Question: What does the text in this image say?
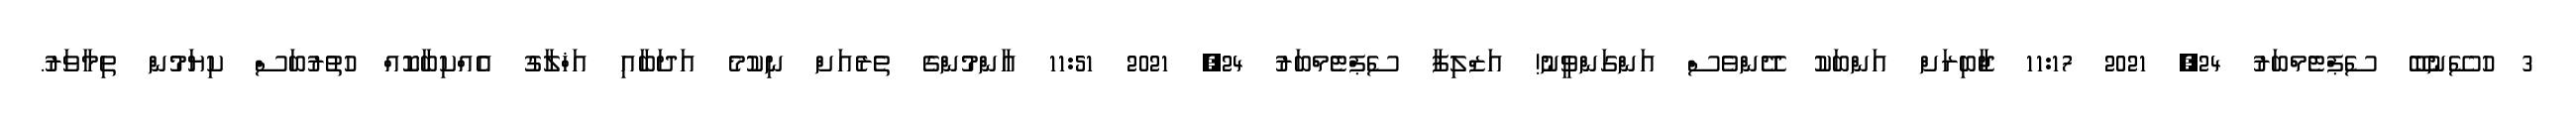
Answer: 3 ހުސޭނުބޭ ސެޕްޓެމްބަރު 24, 2021 11:17 ޖާބިރަށް އަންބަކު ދޭންވެސް އަންގަންވީނު! އަޒްލިފާ ސެޕްޓެމްބަރު 24, 2021 11:51 އާންމުންގެ ތެރެއަށް ނިކުމެ އަދަބާއި އަޚްލާގު އެއްކިބާކޮއް ހުތުރުބަސް ކިޔަމުން ތިމާވަރު.